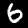
Label: 6